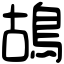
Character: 鴣